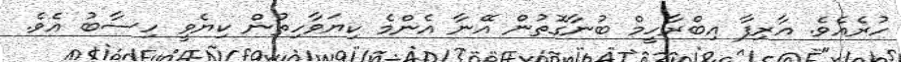
ހުރެއެވެ. އާރިފާ އިބްރާހީމް ބުނާގޮތުން އޭނާ އެންމެ ކިޔަވާހިތުން ކިޔެވީ ހިސާބު އެވެ.